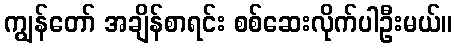
ကျွန်တော် အချိန်စာရင်း စစ်ဆေးလိုက်ပါဦးမယ်။